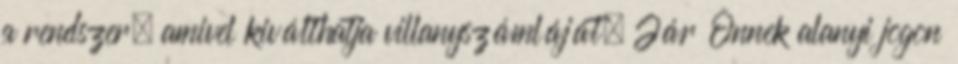
a rendszer, amivel kiválthatja villanyszámláját. Jár Önnek alanyi jogon